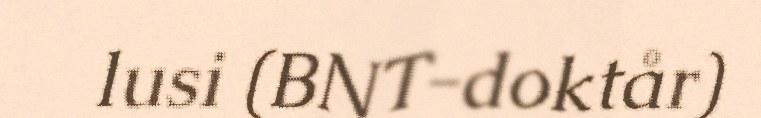
lusi (BNT-doktår)